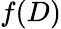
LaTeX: f(D)